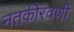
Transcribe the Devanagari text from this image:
नतकीरवणी